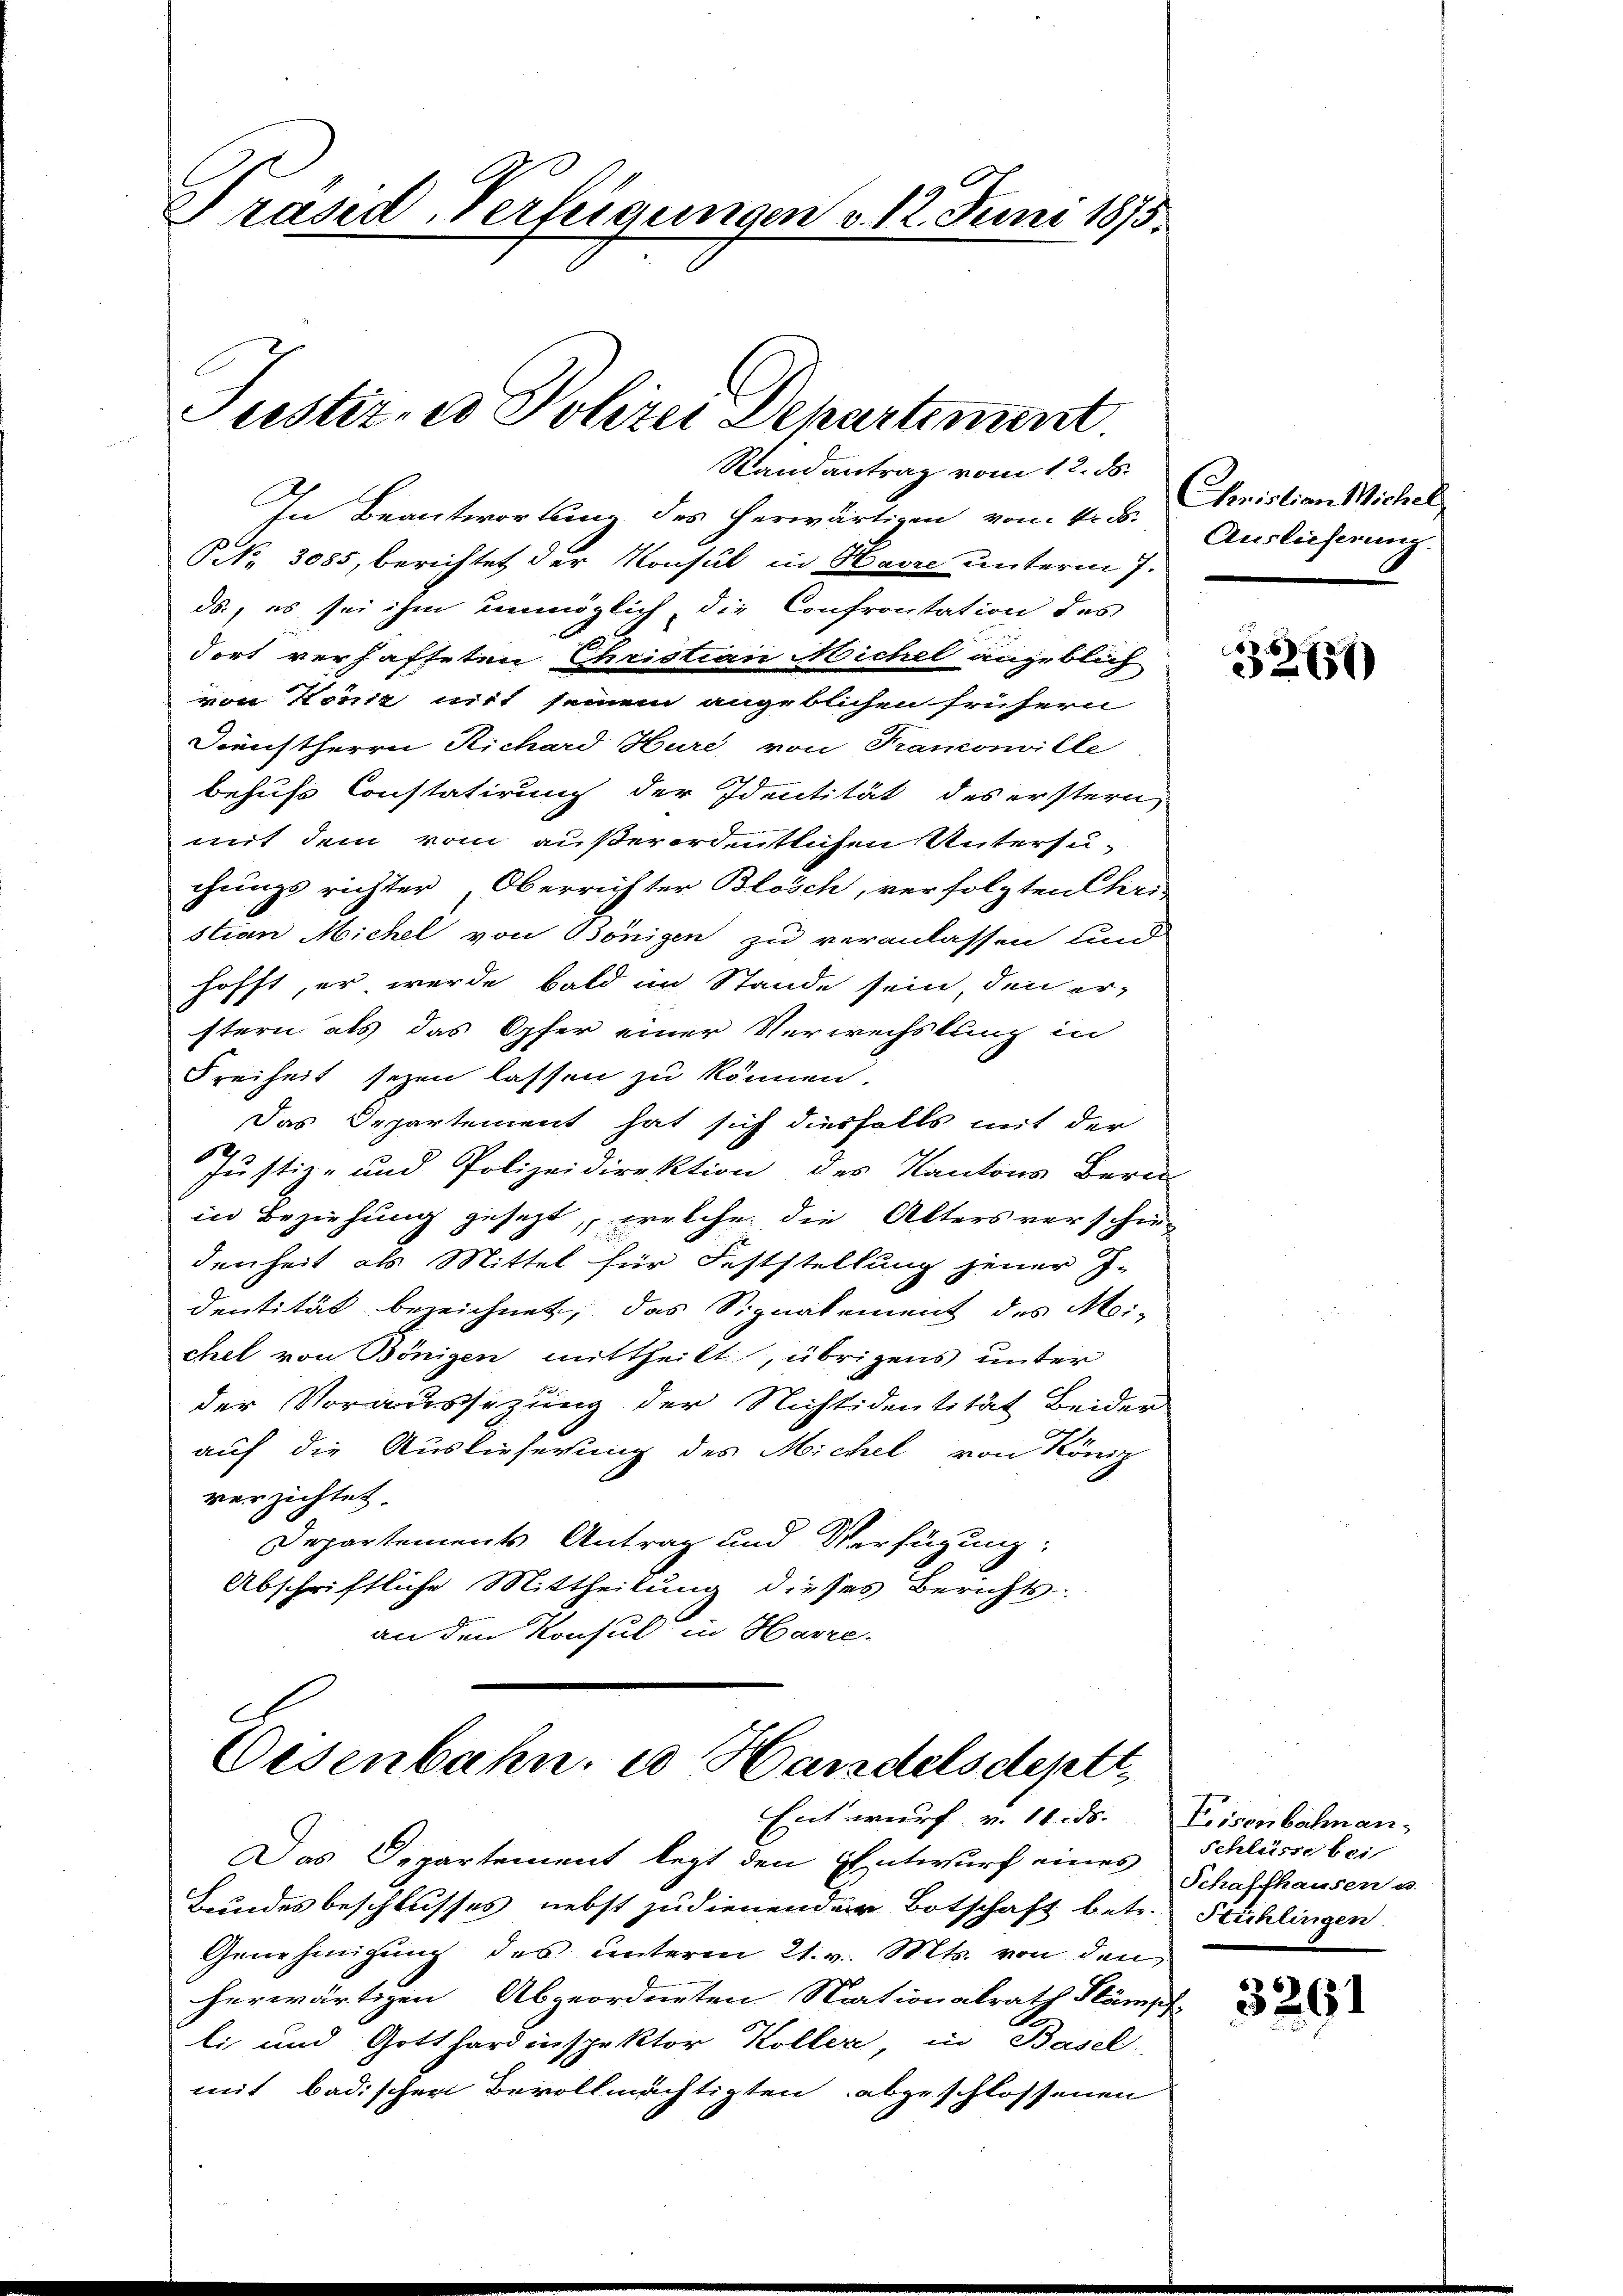
Träsd Verfeigungen v. 12. Juni 1875.

Justiz, es Polizei Departement

Randantrag vom 12. ds.

In Beantwortung des herwärtigen vom k. k. Amistian Michel
Prk. 3085, berichtet der Konsul in Havre unterm 7.
ds, es sei ihm unmöglich, die Confrontation des
dort verhafteten Christian Michel angeblich
von Köniz mit seinem angeblichen frühern
Dienstherrn Richard Hure, von Franconville
behufs Constatirung der Identität des erstern
mit dem vom außerordentlichen Untersuchungs richter, Oberrichter Blösch, verfolgten Chri
stian Michel von Bönigen zu veranlassen und
hofft, er werde bald im Stande sein, den er-
stern als das Opfer einer Verwechslung in
Freiheit seyen lassen zu können.
Das Departement hat sich diesfalls mit der
Justiz- und Polizeidirektion des Kantons Bern
in Beziehung gesezt, welche die Alters verschiedenheit als Mittel für Feststellung jener J.
dentität bezeichnet, das Signalement des Mei-
chel von Bönigen mittheilt, übrigens unter
der Voraussezung der Nichtidentität Beider
auf die Auslieferung des Michel von König
verzichtet.
Departements Antrag und Verfügung:
Abschriftliche Mittheilung dieses Berichts-
an den Konsul in Harre.

Oesenbahn. u Handelsdeptt,
Entwurf v. 18. ds. Keisenbahnan-

Das Departement legt den Entwurf eines
Bundesbeschlusses nebst zudienender Botschaft betr.
Genehmigung des unterm 21. v. Mts. von den
herwärtigen Abgeordneten Strationalrath Stämpf
li, und Gotthardinspektor Koller in Basel
mit badischen Bevollmächtigten abgeschlossenen

Auslieferung.

32659)

Schlüsse bei
Schaffhausen u.
Stühlingen.

3291